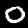
Digit: 0